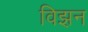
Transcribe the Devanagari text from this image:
विझ़न